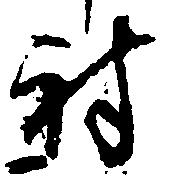
射